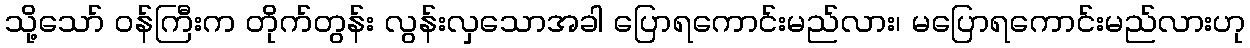
သို့သော် ဝန်ကြီးက တိုက်တွန်း လွန်းလှသောအခါ ပြောရကောင်းမည်လား၊ မပြောရကောင်းမည်လားဟု